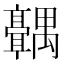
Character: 𬴣